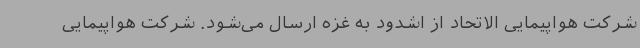
شرکت هواپیمایی الاتحاد از اشدود به غزه ارسال می‌شود. شرکت هواپیمایی